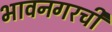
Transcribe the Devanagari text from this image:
भावनगरची